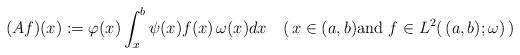
LaTeX: \begin{align*}(Af)(x):=\varphi(x)\int_{x}^{b}\psi(x)f(x)\,\omega(x)dx\quad(\,x\in(a,b)\text{and }f\in L^{2}(\,(a,b);\omega)\,)\end{align*}